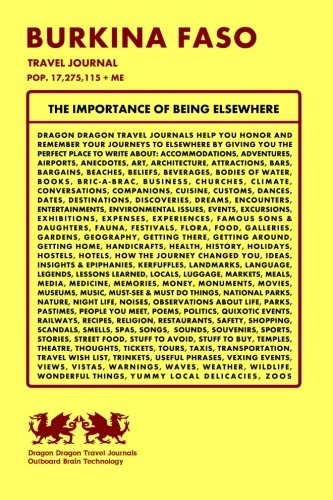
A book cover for Burkina Faso Travel Journal, Pop. 17,275,115 + Me; Dragon Dragon Travel Journals; Travel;